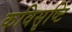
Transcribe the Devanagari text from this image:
कविसृष्टि